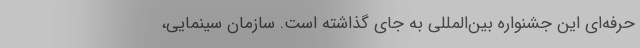
حرفه‌ای این جشنواره بین‌المللی به جای گذاشته است. سازمان سینمایی،